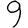
Digit: 9